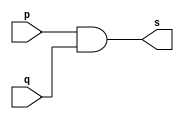
// -------------------------
// Exemplo0003 - AND
// Nome: xxx yyy zzz
// -------------------------

// -------------------------
// -- and gate
// -------------------------

module andgate ( output s, 
                 input  p, 
                 input  q);

 assign s = p & q;

endmodule // andgate

// ---------------------
// -- test and gate
// ---------------------

module testandgate;
// ------------------------- dados locais
   reg   a, b; // definir registradores
   wire  s;    // definir conexao (fio)
// ------------------------- instancia
  
   andgate AND1 (s, a, b);

// ------------------------- preparacao
   initial begin:start
      a=0; b=0;
   end

// ------------------------- parte principal

   initial begin
      $display("Exemplo0003 - xxx yyy zzz - 999999");
      $display("Test AND gate");
      $display("\na & b = s\n");
      a=0; b=0;
  #1  $display("%b & %b = %b", a, b, s);
      a=0; b=1;
  #1  $display("%b & %b = %b", a, b, s);
      a=1; b=0;
  #1  $display("%b & %b = %b", a, b, s);
      a=1; b=1;
  #1  $display("%b & %b = %b", a, b, s);
   end

endmodule // testandgate